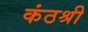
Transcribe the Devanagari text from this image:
कंठश्री